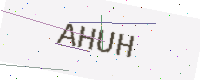
Text: AHUH